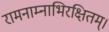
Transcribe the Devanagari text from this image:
रामनाम्नाभिरक्षितम्‌।